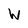
Character: W